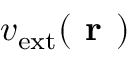
v _ { \mathrm { e x t } } ( \textbf { r } )